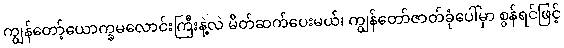
ကျွန်တော့်ယောက္ခမလောင်းကြီးနဲ့လဲ မိတ်ဆက်ပေးမယ်၊ ကျွန်တော်ဇာတ်ခုံပေါ်မှာ စွန်ရင်ဖြင့်